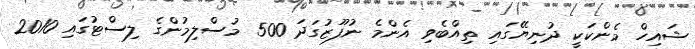
ޝައިހް މެންކަކީ ދުނިޔޭގައި ތިއްބެވި އެންމެ ނުފޫޒުގަދަ 500 މުސްލިމުންގެ ލިސްޓުގައި 2010